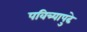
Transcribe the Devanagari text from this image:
पवित्र्यापुढे